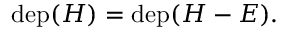
\begin{array} { r } { \mathrm { d e p } ( H ) = \mathrm { d e p } ( H - E ) . } \end{array}